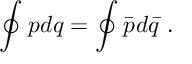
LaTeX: \oint _ { } ^ { } p d q = \oint _ { } ^ { } { \bar { p } } d { \bar { q } } \ .